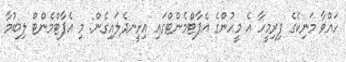
ހައްވާ މަނިކެގެ ފިރިމީހާ އެ މީހުންގެ އެޕާޓްމެންޓްގައި އިށީނދެލައިގެން: މި އެޕާޓްމެންޓް ލިބުމާ